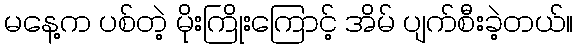
မနေ့က ပစ်တဲ့ မိုးကြိုးကြောင့် အိမ် ပျက်စီးခဲ့တယ်။